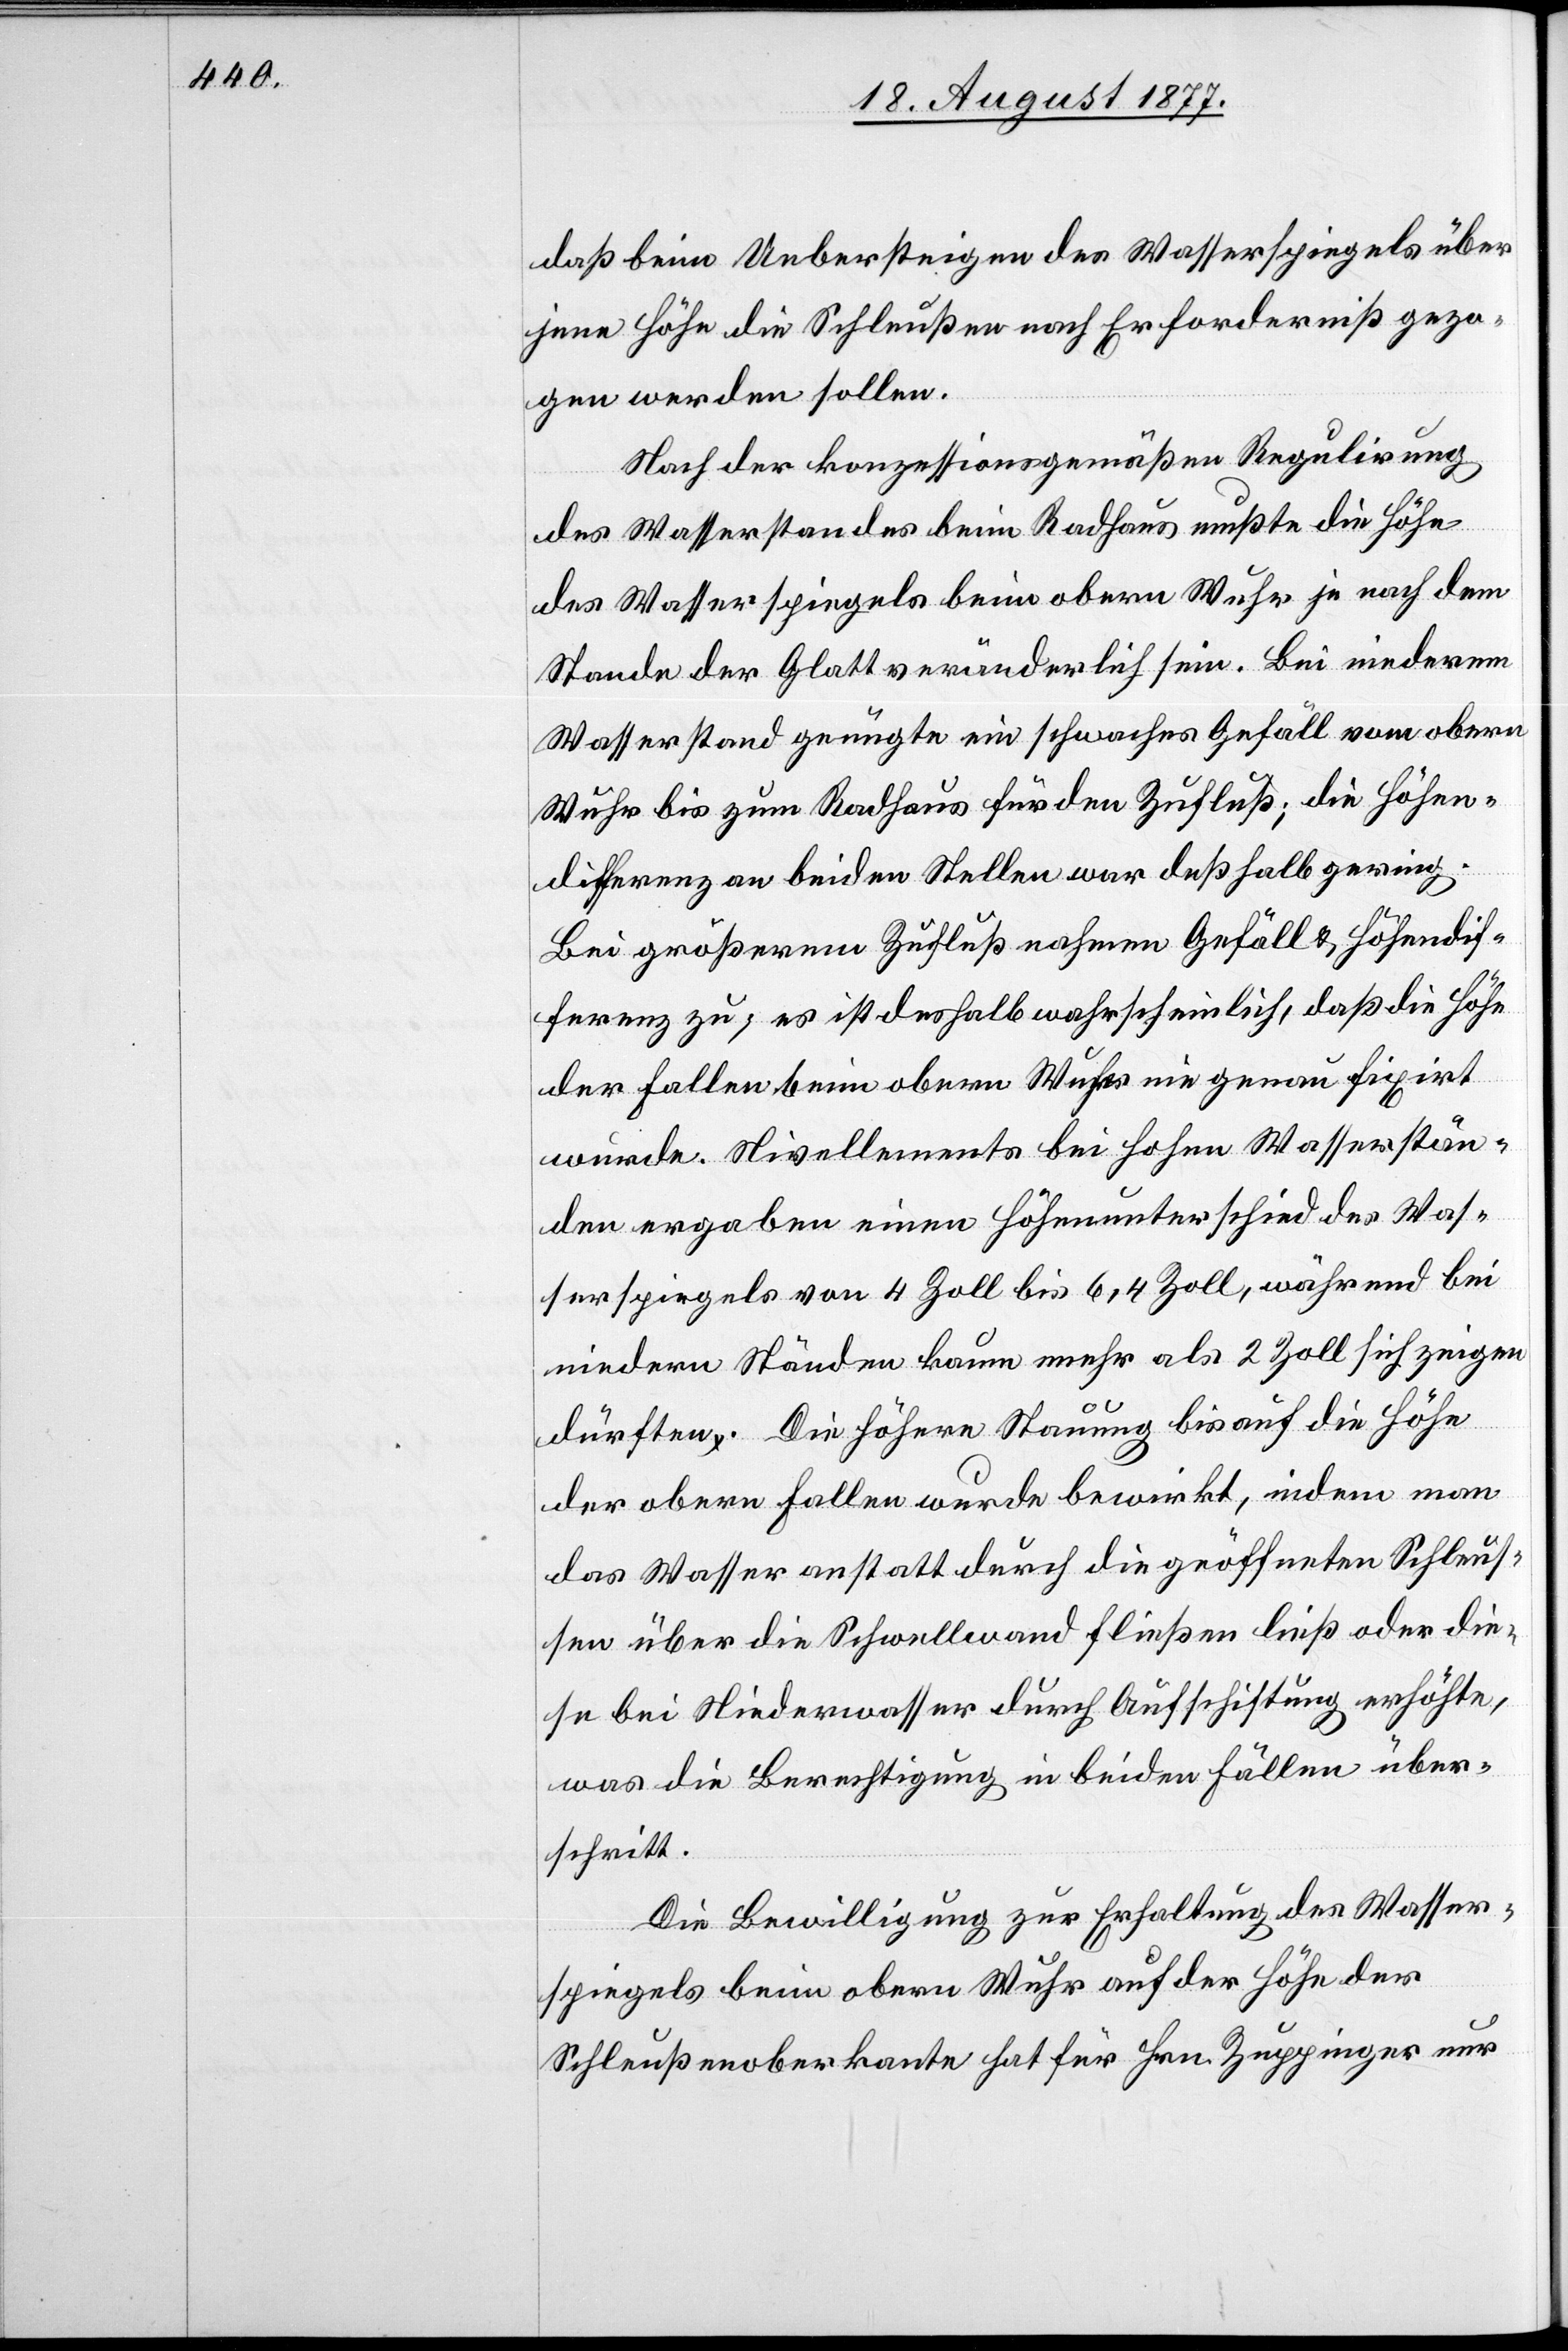
daß beim Uebersteigen des Wasserspiegels über
jene Höhe die Schleußen nach Erforderniß gezo¬
gen werden sollen.
Nach der konzessionsgemäßen Regulirung
des Wasserstandes beim Radhaus mußte die Höhe
des Wasserspiegels beim obern Wuhr je nach dem
Stande der Glatt veränderlich sein. Bei niederem
Wasserstand genügte ein schwaches Gefäll vom obern
Wuhr bis zum Radhaus für den Zufluß; die Höhen¬
differenz an beiden Stellen war deßhalb gering.
Bei größerem Zufluß nahmen Gefäll & Höhendif¬
ferenz zu; es ist deshalb wahrscheinlich, daß die Höhe
der Fallen beim obern Wuhr nie genau fixirt
wurde. Nivellements bei hohen Wasserstän¬
den ergaben einen Höhenunterschied des Was¬
serspiegels von 4 Zoll bis 6,4 Zoll, während bei
niedern Ständen kaum mehr als 2 Zoll sich zeigen
dürften. Die höhere Stauung bis auf die Höhe
der obern Fallen wurde bewirkt, indem man
das Wasser anstatt durch die geöffneten Schleus¬
sen über die Schwellwand fließen ließ oder die¬
se bei Niederwasser durch Aufschiftung erhöhte,
was die Berechtigung in beiden Fällen über¬
schritt.
Die Bewilligung zur Erhaltung des Wasser¬
spiegels beim obern Wuhr auf der Höhe der
Schleußenoberkante hat für Hrn. Zuppinger nur